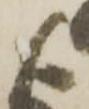
よ